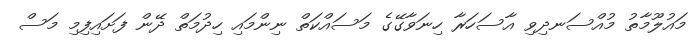
މައުލޫމާތު މުއްސަނދިވި އާސަހަރާ ހިނަވާގޭގެ މަސައްކަތް ނިންމައި ހިދުމަތް ދޭން ފަށައިފިމި މަސް